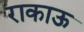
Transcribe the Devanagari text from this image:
राकाऊ